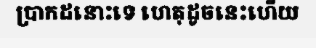
ប្រាកដនោះទេ ហេតុដូចនេះហើយ